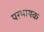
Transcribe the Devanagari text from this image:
परभाषक